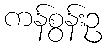
ကန်စွန်းဥ